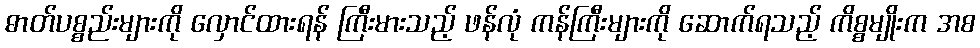
ဓာတ်ပစ္စည်းများကို လှောင်ထားရန် ကြီးမားသည့် ဖန်လုံ ကန်ကြီးများကို ဆောက်ရသည့် ကိစ္စမျိုးက အစ